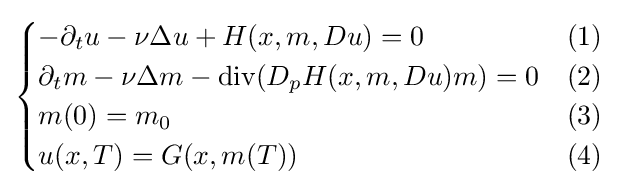
{\begin{cases}-\partial _{t}u-\nu \Delta u+H(x,m,Du)=0&(1)\\\partial _{t}m-\nu \Delta m-\operatorname {div} (D_{p}H(x,m,Du)m)=0&(2)\\m(0)=m_{0}&(3)\\u(x,T)=G(x,m(T))&(4)\end{cases}}